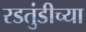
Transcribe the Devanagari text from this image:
रडतुंडीच्या